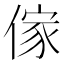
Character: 傢